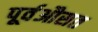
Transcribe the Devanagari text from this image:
पूर्वऔसत